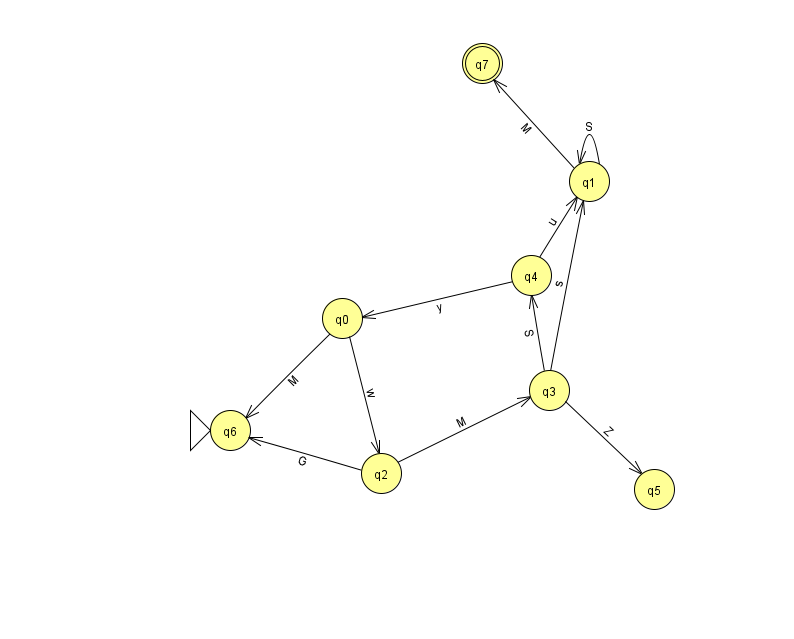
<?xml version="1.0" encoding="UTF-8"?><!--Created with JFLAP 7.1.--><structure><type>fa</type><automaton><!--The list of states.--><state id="0" name="q0"><x>342.0</x><y>305.0</y></state><state id="1" name="q1"><x>589.0</x><y>168.0</y></state><state id="2" name="q2"><x>381.0</x><y>460.0</y></state><state id="3" name="q3"><x>549.0</x><y>377.0</y></state><state id="4" name="q4"><x>531.0</x><y>262.0</y></state><state id="5" name="q5"><x>654.0</x><y>476.0</y></state><state id="6" name="q6"><x>230.0</x><y>417.0</y><initial/></state><state id="7" name="q7"><x>482.0</x><y>50.0</y><final/></state><!--The list of transitions.--><transition><from>0</from><to>2</to><read>w</read></transition><transition><from>0</from><to>6</to><read>M</read></transition><transition><from>1</from><to>1</to><read>S</read></transition><transition><from>3</from><to>1</to><read>s</read></transition><transition><from>3</from><to>5</to><read>Z</read></transition><transition><from>2</from><to>3</to><read>M</read></transition><transition><from>3</from><to>4</to><read>S</read></transition><transition><from>4</from><to>1</to><read>u</read></transition><transition><from>1</from><to>7</to><read>M</read></transition><transition><from>2</from><to>6</to><read>G</read></transition><transition><from>4</from><to>0</to><read>y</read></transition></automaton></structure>